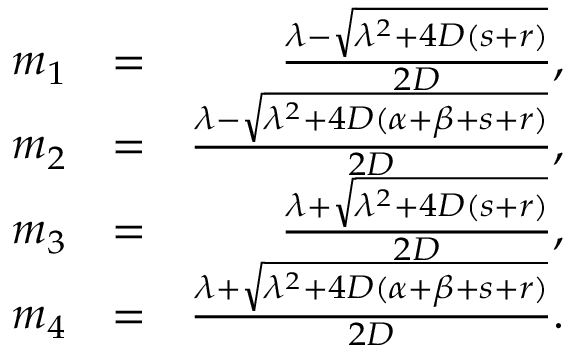
\begin{array} { r l r } { m _ { 1 } } & { = } & { \frac { \lambda - \sqrt { \lambda ^ { 2 } + 4 D ( s + r ) } } { 2 D } , } \\ { m _ { 2 } } & { = } & { \frac { \lambda - \sqrt { \lambda ^ { 2 } + 4 D ( \alpha + \beta + s + r ) } } { 2 D } , } \\ { m _ { 3 } } & { = } & { \frac { \lambda + \sqrt { \lambda ^ { 2 } + 4 D ( s + r ) } } { 2 D } , } \\ { m _ { 4 } } & { = } & { \frac { \lambda + \sqrt { \lambda ^ { 2 } + 4 D ( \alpha + \beta + s + r ) } } { 2 D } . } \end{array}